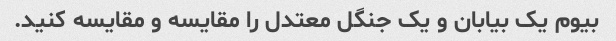
بیوم یک بیابان و یک جنگل معتدل را مقایسه و مقایسه کنید.